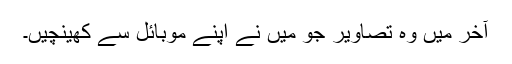
آخر میں وہ تصاویر جو میں نے اپنے موبائل سے کھینچیں۔